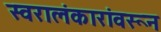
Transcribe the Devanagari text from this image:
स्वरालंकारांवरून